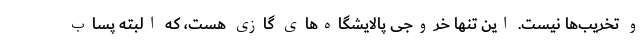
و تخریب‌ها نیست. این تنها خروجی پالایشگاه‌های گازی هست، که البته پساب